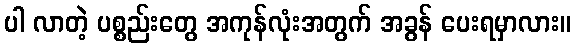
ပါ လာတဲ့ ပစ္စည်းတွေ အကုန်လုံးအတွက် အခွန် ပေးရမှာလား။